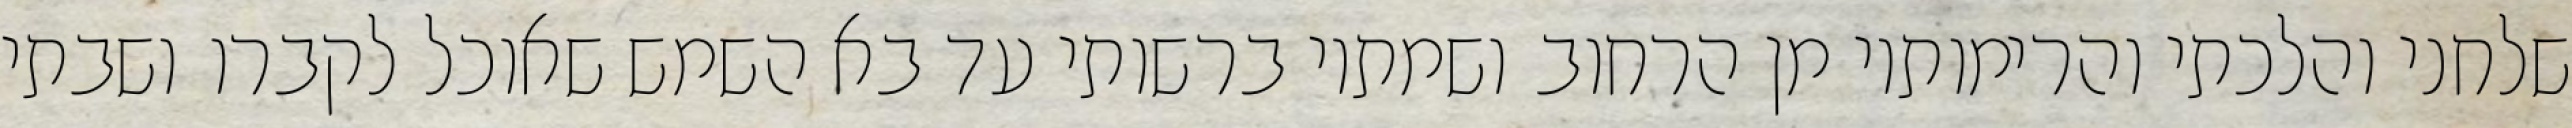
שלחני והלכתי והרימותיו מן הרחוב ושמתיו ברשותי עד בא השמש שאוכל לקברו ושבתי